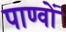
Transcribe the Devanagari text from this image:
पाण्वों